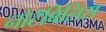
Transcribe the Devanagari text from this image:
नोटॅबिलिस